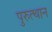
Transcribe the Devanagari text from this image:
पुरुत्थान